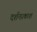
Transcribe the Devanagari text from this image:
दर्शनप्रकाश